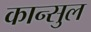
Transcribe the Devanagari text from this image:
कान्सुल